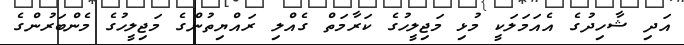
އަދި ޝާހިދުގެ އެއަމަލަކީ މުޅި މަޖިލީހުގެ ކަރާމަތް ގެއްލި ރައްޔިތުންގެ މަޖިލީހުގެ މެންބަރުންގެ